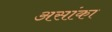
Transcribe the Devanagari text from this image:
असांका